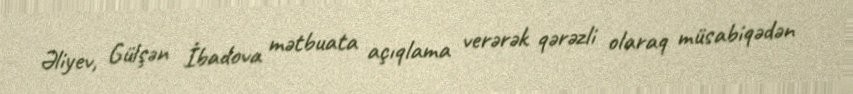
Əliyev, Gülşən İbadova mətbuata açıqlama verərək qərəzli olaraq müsabiqədən